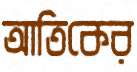
আতিকের